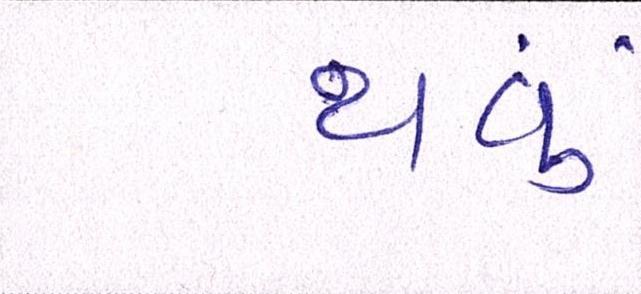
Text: થવું